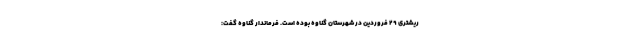
ریشتری ۲۹ فروردین در شهرستان گناوه بوده است. فرماندار گناوه گفت: